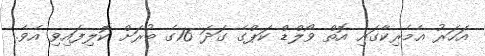
އަހަރު އެމެރިކާގައި އޮތް ވޯލްޑް ކަޕްގެ ގަދަ 16ގެ ބުރަށް ކޮލިފައިވި އެވެ.